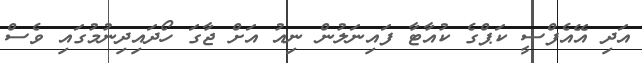
އަދި އޭއެފްސީ ކަޕްގެ ކުއާޓާ ފައިނަލުން ނިއު އަށް ޖާގަ ހޯދައިދިނުމުގައި ވެސް